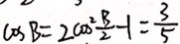
\cos B = 2 \cos ^ { 2 } \frac { B } { 2 } - 1 = \frac { 3 } { 5 }